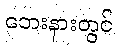
ဘေးနားတွင်